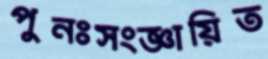
পুনঃসংজ্ঞায়িত